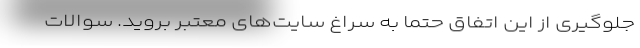
جلو‌گیری از این اتفاق حتماً به سراغ سایت‌های معتبر بروید. سوالات